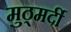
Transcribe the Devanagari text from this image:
मुठ्मर्दी